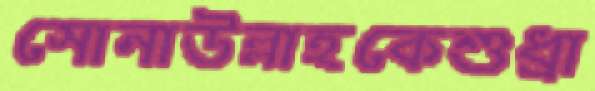
সোনাউল্লাহকেশুধ্‌রা